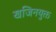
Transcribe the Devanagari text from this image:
खजिनयुक्त